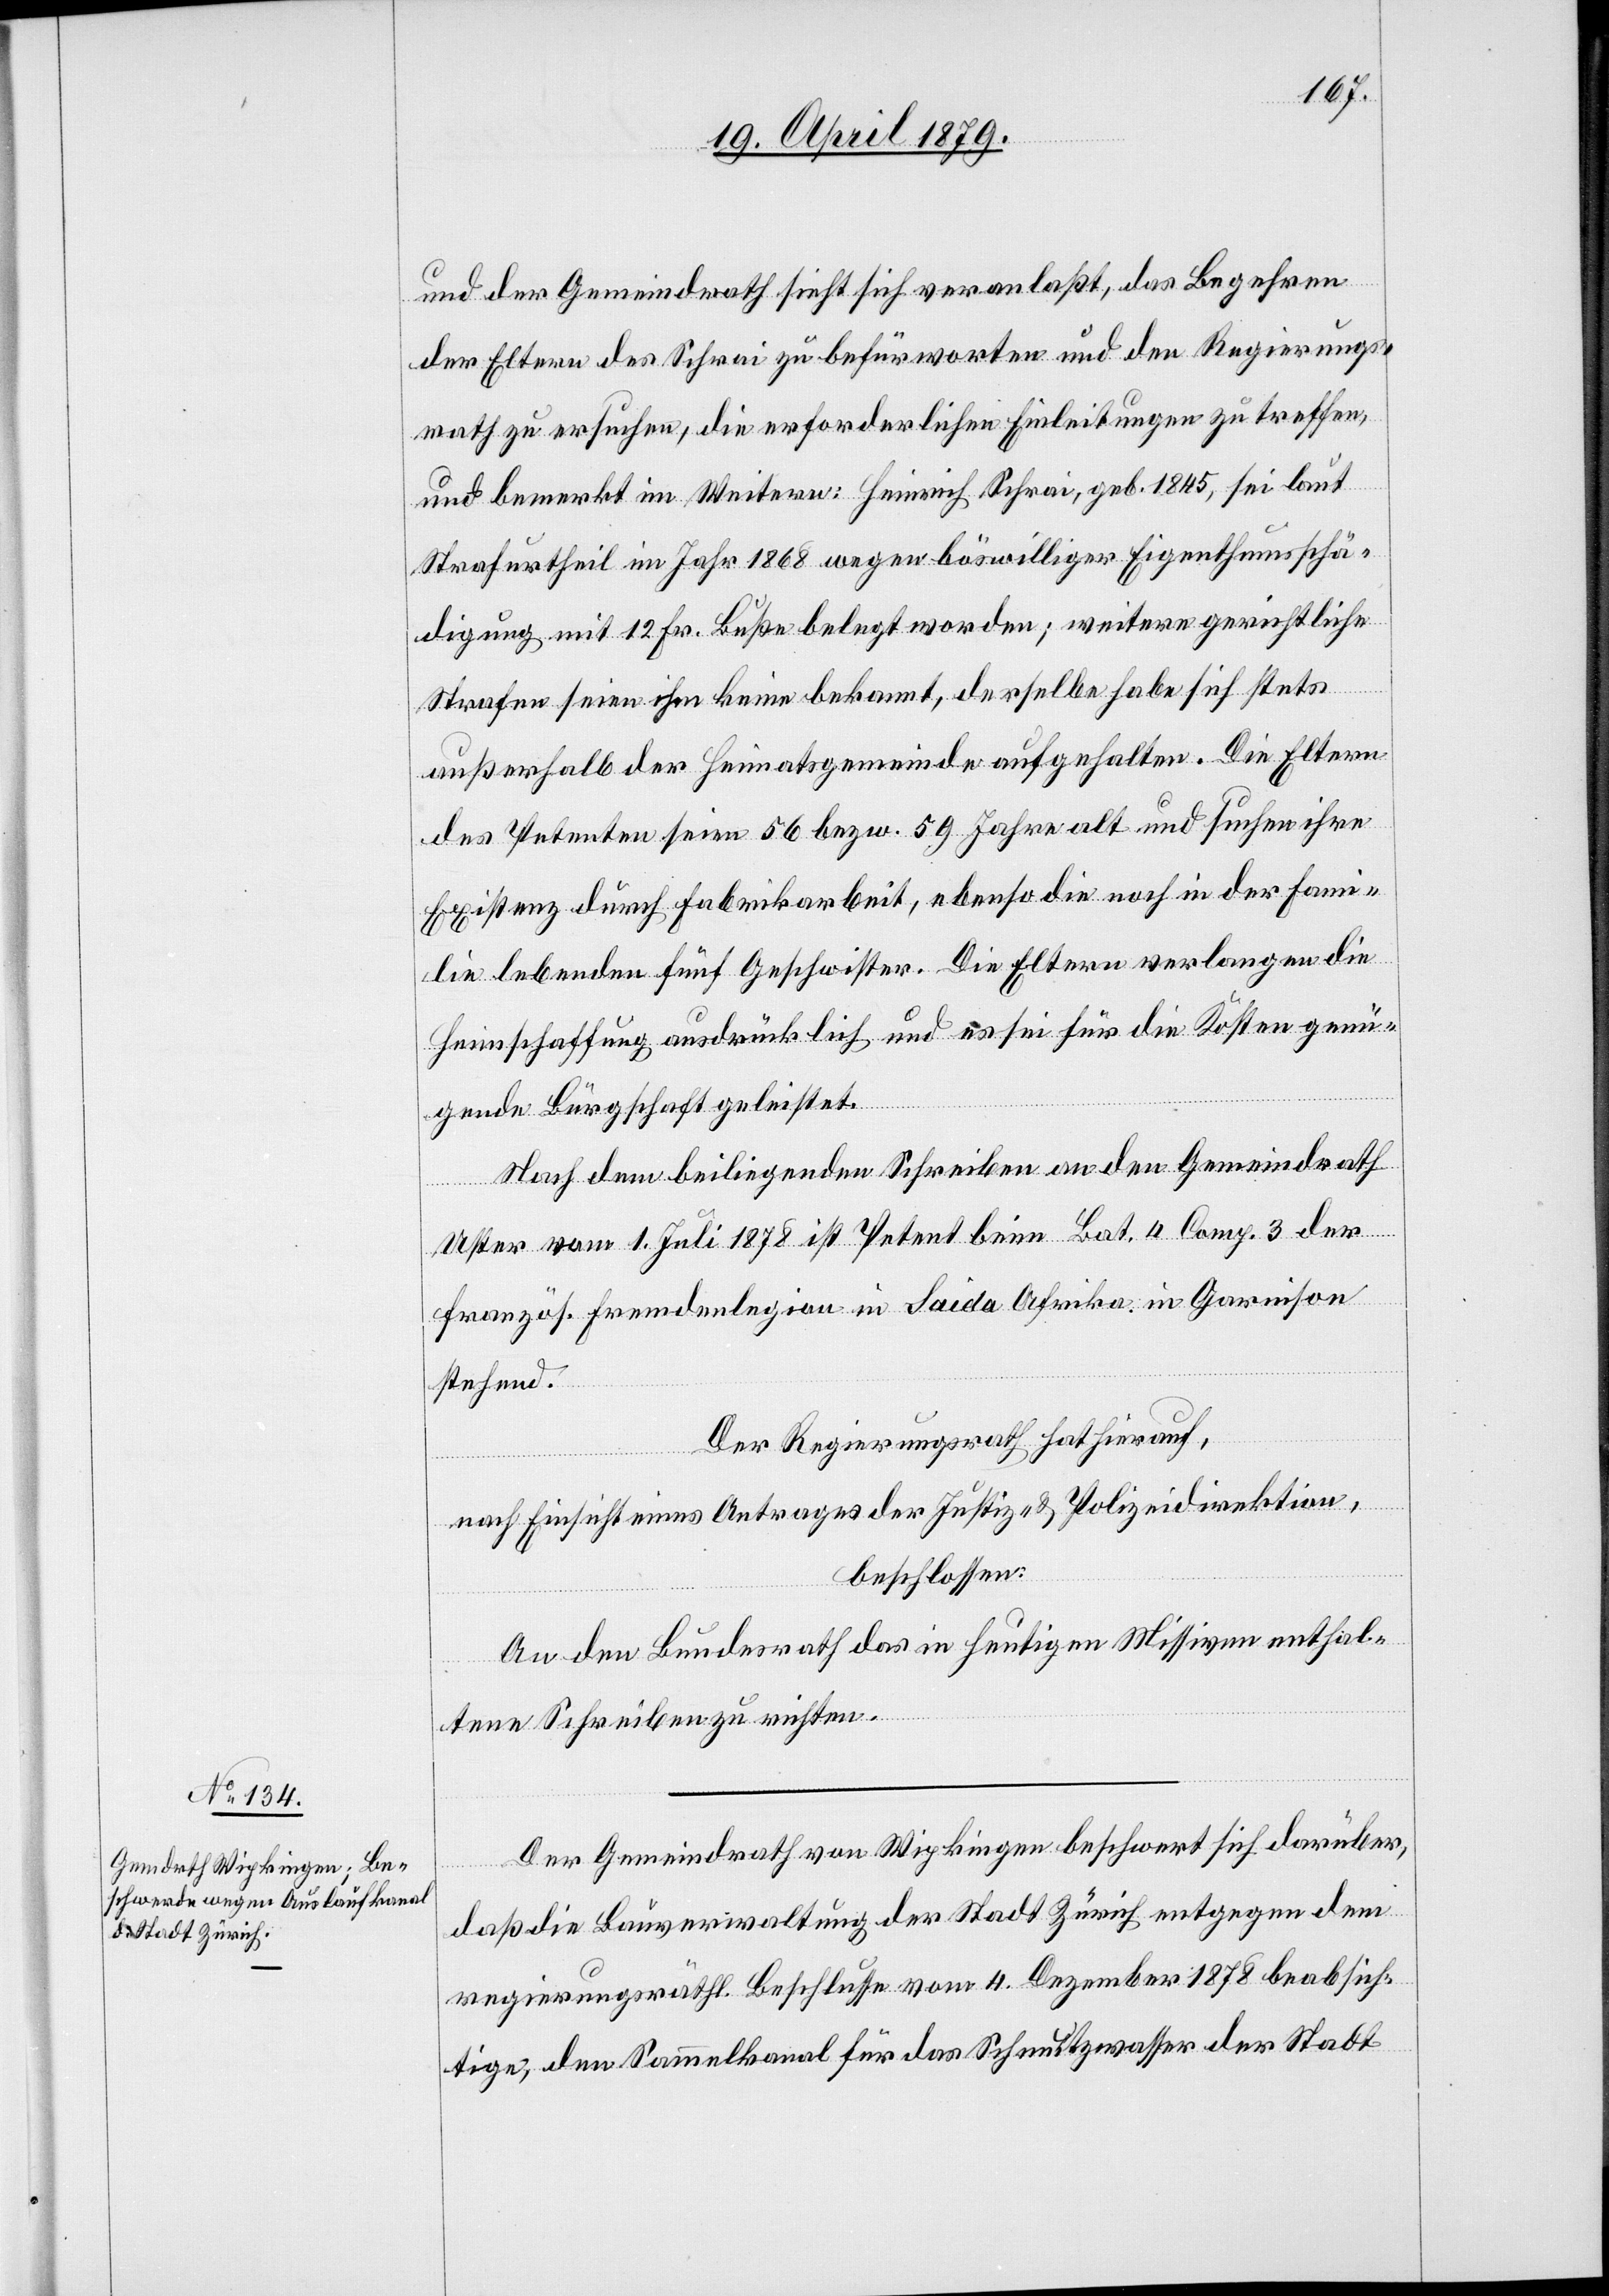
und der Gemeindrath sieht sich veranlaßt, das Begehren
der Eltern des Schrai zu befürworten und den Regierungs¬
rath zu ersuchen, die erforderlichen Einleitungen zu treffen,
und bemerkt im Weitern: Heinrich Schrai, geb. 1845, sei laut
Strafurtheil im Jahr 1868 wegen böswilliger Eigenthumsschä¬
digung mit 12 Fr. Buße belegt worden; weitere gerichtliche
Strafen seien ihm keine bekannt, derselbe habe sich stets
außerhalb der Heimatsgemeinde aufgehalten. Die Eltern
des Petenten seien 56 bezw. 59 Jahre alt und suchen ihre
Existenz durch Fabrikarbeit, ebenso die noch in der Fami¬
lie lebenden fünf Geschwister. Die Eltern verlangen die
Heimschaffung ausdrücklich und es sei für die Kosten genü¬
gende Bürgschaft geleistet.
Nach dem beiliegenden Schreiben an den Gemeindrath
Uster vom 1. Juli 1878 ist Petent beim Bat. 4 Comp. 3 der
französ. Fremdenlegion in Saida Afrika in Garnison
stehend.
Der Regierungsrath hat hierauf,
nach Einsicht eines Antrages der Justiz- & Polizeidirektion,
beschlossen:
An den Bundesrath das in heutigen Missiven enthal¬
tene Schreiben zu richten.
Der Gemeindrath von Wipkingen beschwert sich darüber,
daß die Bauverwaltung der Stadt Zürich entgegen dem
regierungsräthl. Beschlusse vom 4. Dezember 1878 beabsich¬
tige, den Sammelkanal für das Schmutzwasser der Stadt